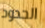
الحدود